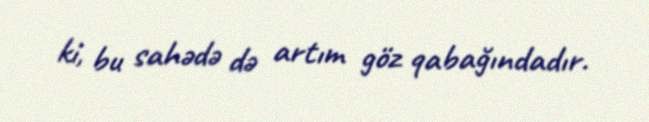
ki, bu sahədə də artım göz qabağındadır.